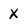
Character: X